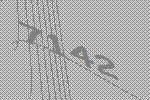
7142